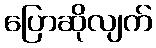
ပြောဆိုလျက်